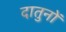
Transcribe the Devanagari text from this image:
दातुनों